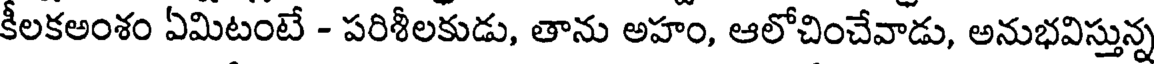
కీలకఅంశం ఏమిటంటే - పరిశీలకుడు, తాను అహం, ఆలోచించేవాడు, అనుభవిస్తున్న